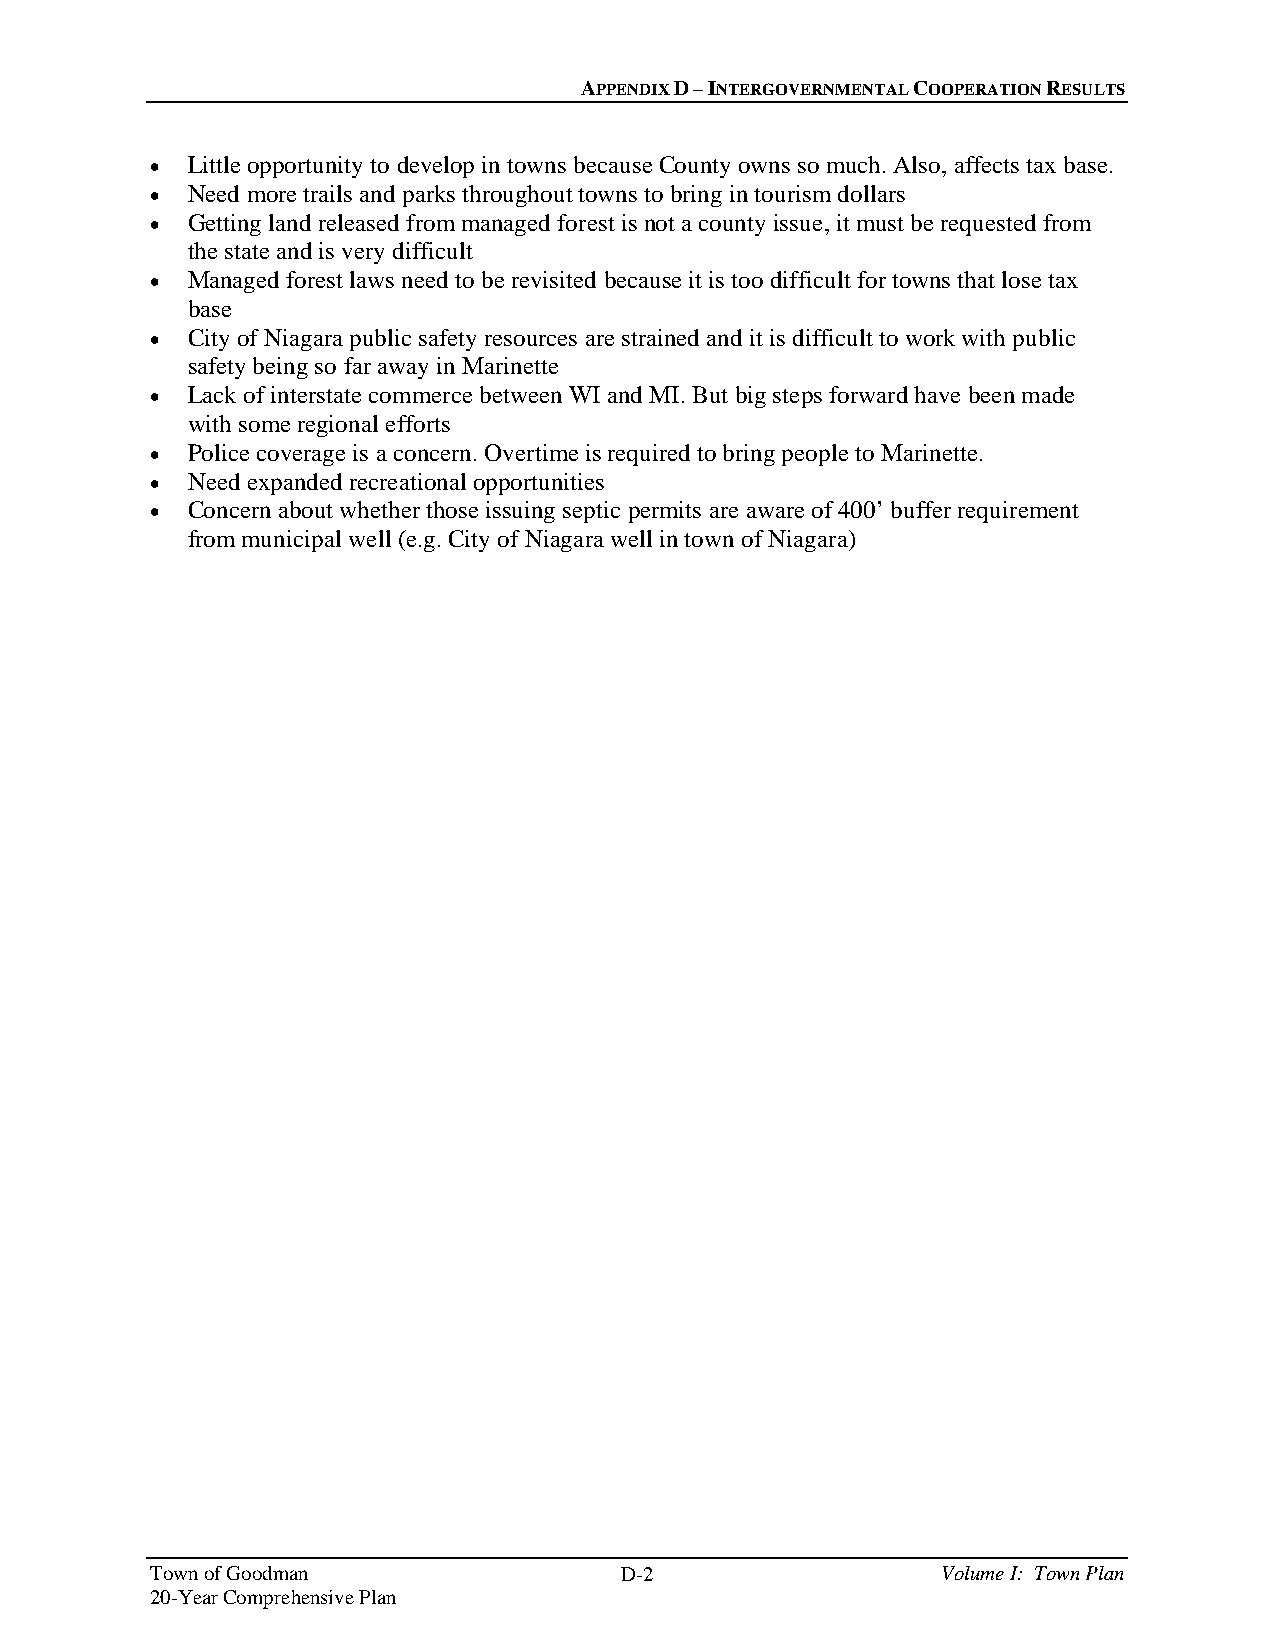
APPENDIX D – INTERGOVERNMENTAL COOPERATION RESULTS
  Little opportunity to develop in towns because County owns so much. Also, affects tax base.
  Need more trails and parks throughout towns to bring in tourism dollars
  Getting land released from managed forest is not a county issue, it must be requested from
 the state and is very difficult
  Managed forest laws need to be revisited because it is too difficult for towns that lose tax
 base
  City of Niagara public safety resources are strained and it is difficult to work with public
 safety being so far away in Marinette
  Lack of interstate commerce between WI and MI. But big steps forward have been made
 with some regional efforts
  Police coverage is a concern. Overtime is required to bring people to Marinette.
  Need expanded recreational opportunities
  Concern about whether those issuing septic permits are aware of 400’ buffer requirement
 from municipal well (e.g. City of Niagara well in town of Niagara)
 Town of Goodman                D-2                  Volume I: Town Plan
 20-Year Comprehensive Plan